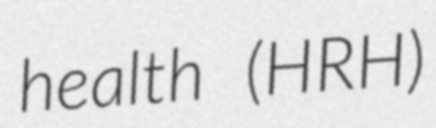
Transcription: health (HRH)